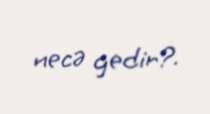
necə gedir?.